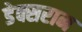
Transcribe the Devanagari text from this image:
डेक्सरान